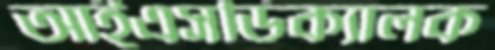
আইএসডিক্যালক